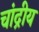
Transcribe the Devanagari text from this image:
चांद्रीय